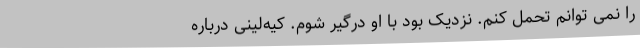
را نمی توانم تحمل کنم. نزدیک بود با او درگیر شوم. کیه‌لینی درباره